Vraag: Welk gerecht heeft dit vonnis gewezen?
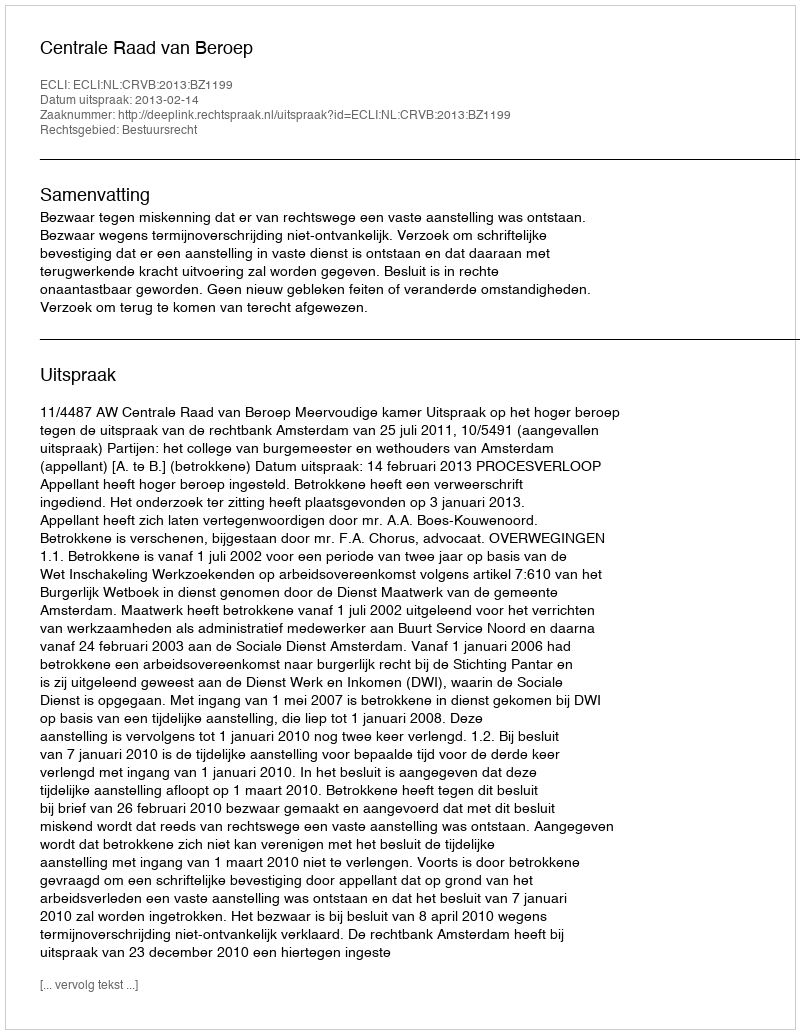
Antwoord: Centrale Raad van Beroep